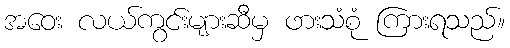
အဝေး လယ်ကွင်းများဆီမှ ဖားသံစုံ ကြားရသည်။